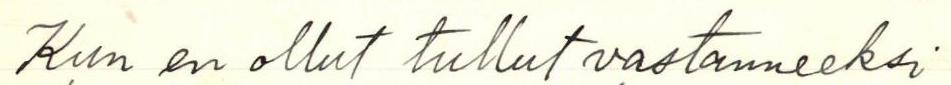
Kun en ollut tullut vastanneeksi